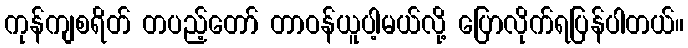
ကုန်ကျစရိတ် တပည့်တော် တာဝန်ယူပါ့မယ်လို့ ပြောလိုက်ရပြန်ပါတယ်။